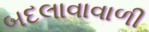
બદલાવાવાળી